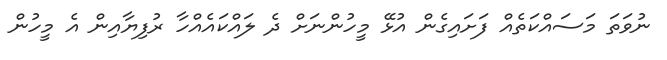
ނުވަތަ މަސައްކަތެއް ފަށައިގެން އުޅޭ މީހުންނަށް ދެ ލައްކައެއްހާ ރުފިޔާއިން އެ މީހުން